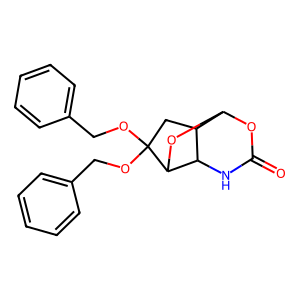
SMILES: O=C1NC2C3CC(OCc4ccccc4)(OCc4ccccc4)C2OC3O1
Inhibits HIV replication: No